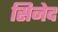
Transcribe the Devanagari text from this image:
सिनेद